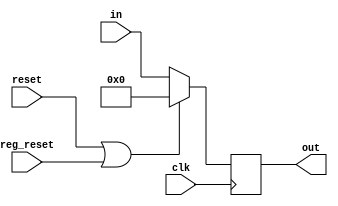
//Output register; the output of ALU is stored in this register.
module out_reg (clk, reset, reg_reset ,in, out);

input clk,reset,reg_reset;
input [31:0] in;
output reg [31:0] out;
assign rst = reset | reg_reset;

always @(posedge clk)
begin

if (rst)
out <= 32'b0;
else
out [31:0] <= in [31:0];
end

endmodule